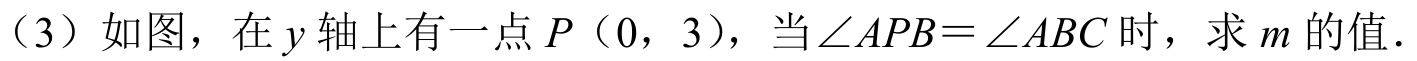
（3）如图，在\(y\)轴上有一点\(P\)（\(0\)，\(3\)），当\(\angle APB = \angle ABC\)时，求\(m\)的值.